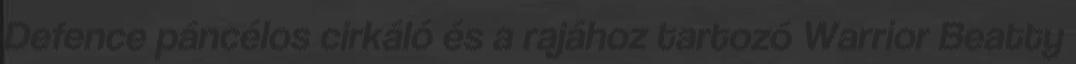
Defence páncélos cirkáló és a rajához tartozó Warrior Beatty